Scottish Leaving Certificate Examination, 1952
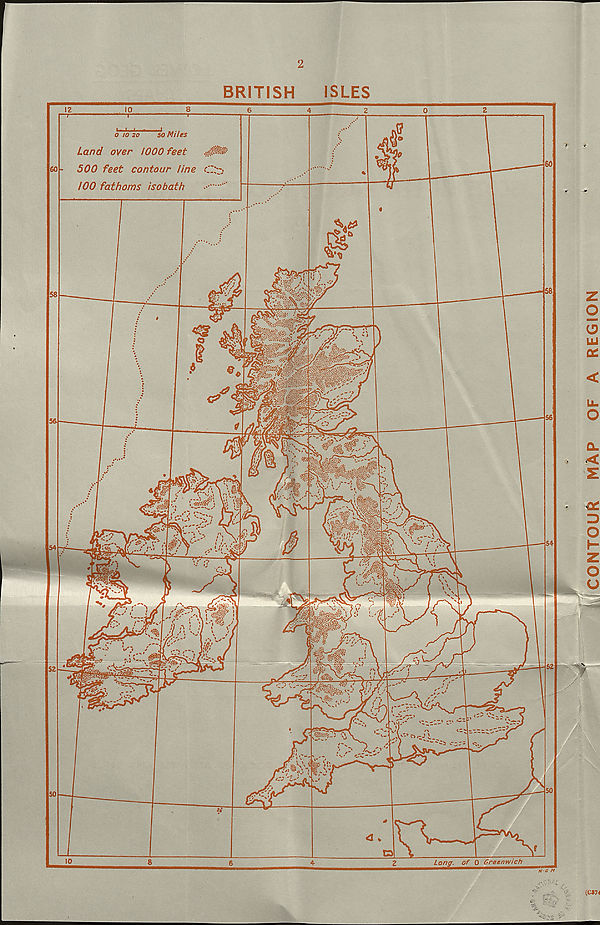
2
BRITISH
ISLES
CONTOUR
MAP
OF
A REGION